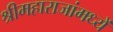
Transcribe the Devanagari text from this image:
श्रीमहाराजांमध्यें